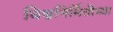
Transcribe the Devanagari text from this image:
विश्वनिर्मितीच्या